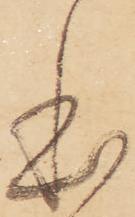
本